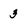
Character: 3